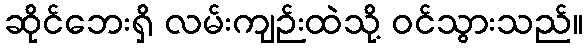
ဆိုင်ဘေးရှိ လမ်းကျဉ်းထဲသို့ ဝင်သွားသည်။